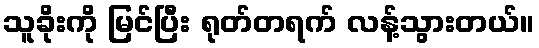
သူခိုးကို မြင်ပြီး ရုတ်တရက် လန့်သွားတယ်။